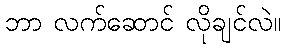
ဘာ လက်ဆောင် လိုချင်လဲ။